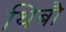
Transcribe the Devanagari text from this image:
थिबौ